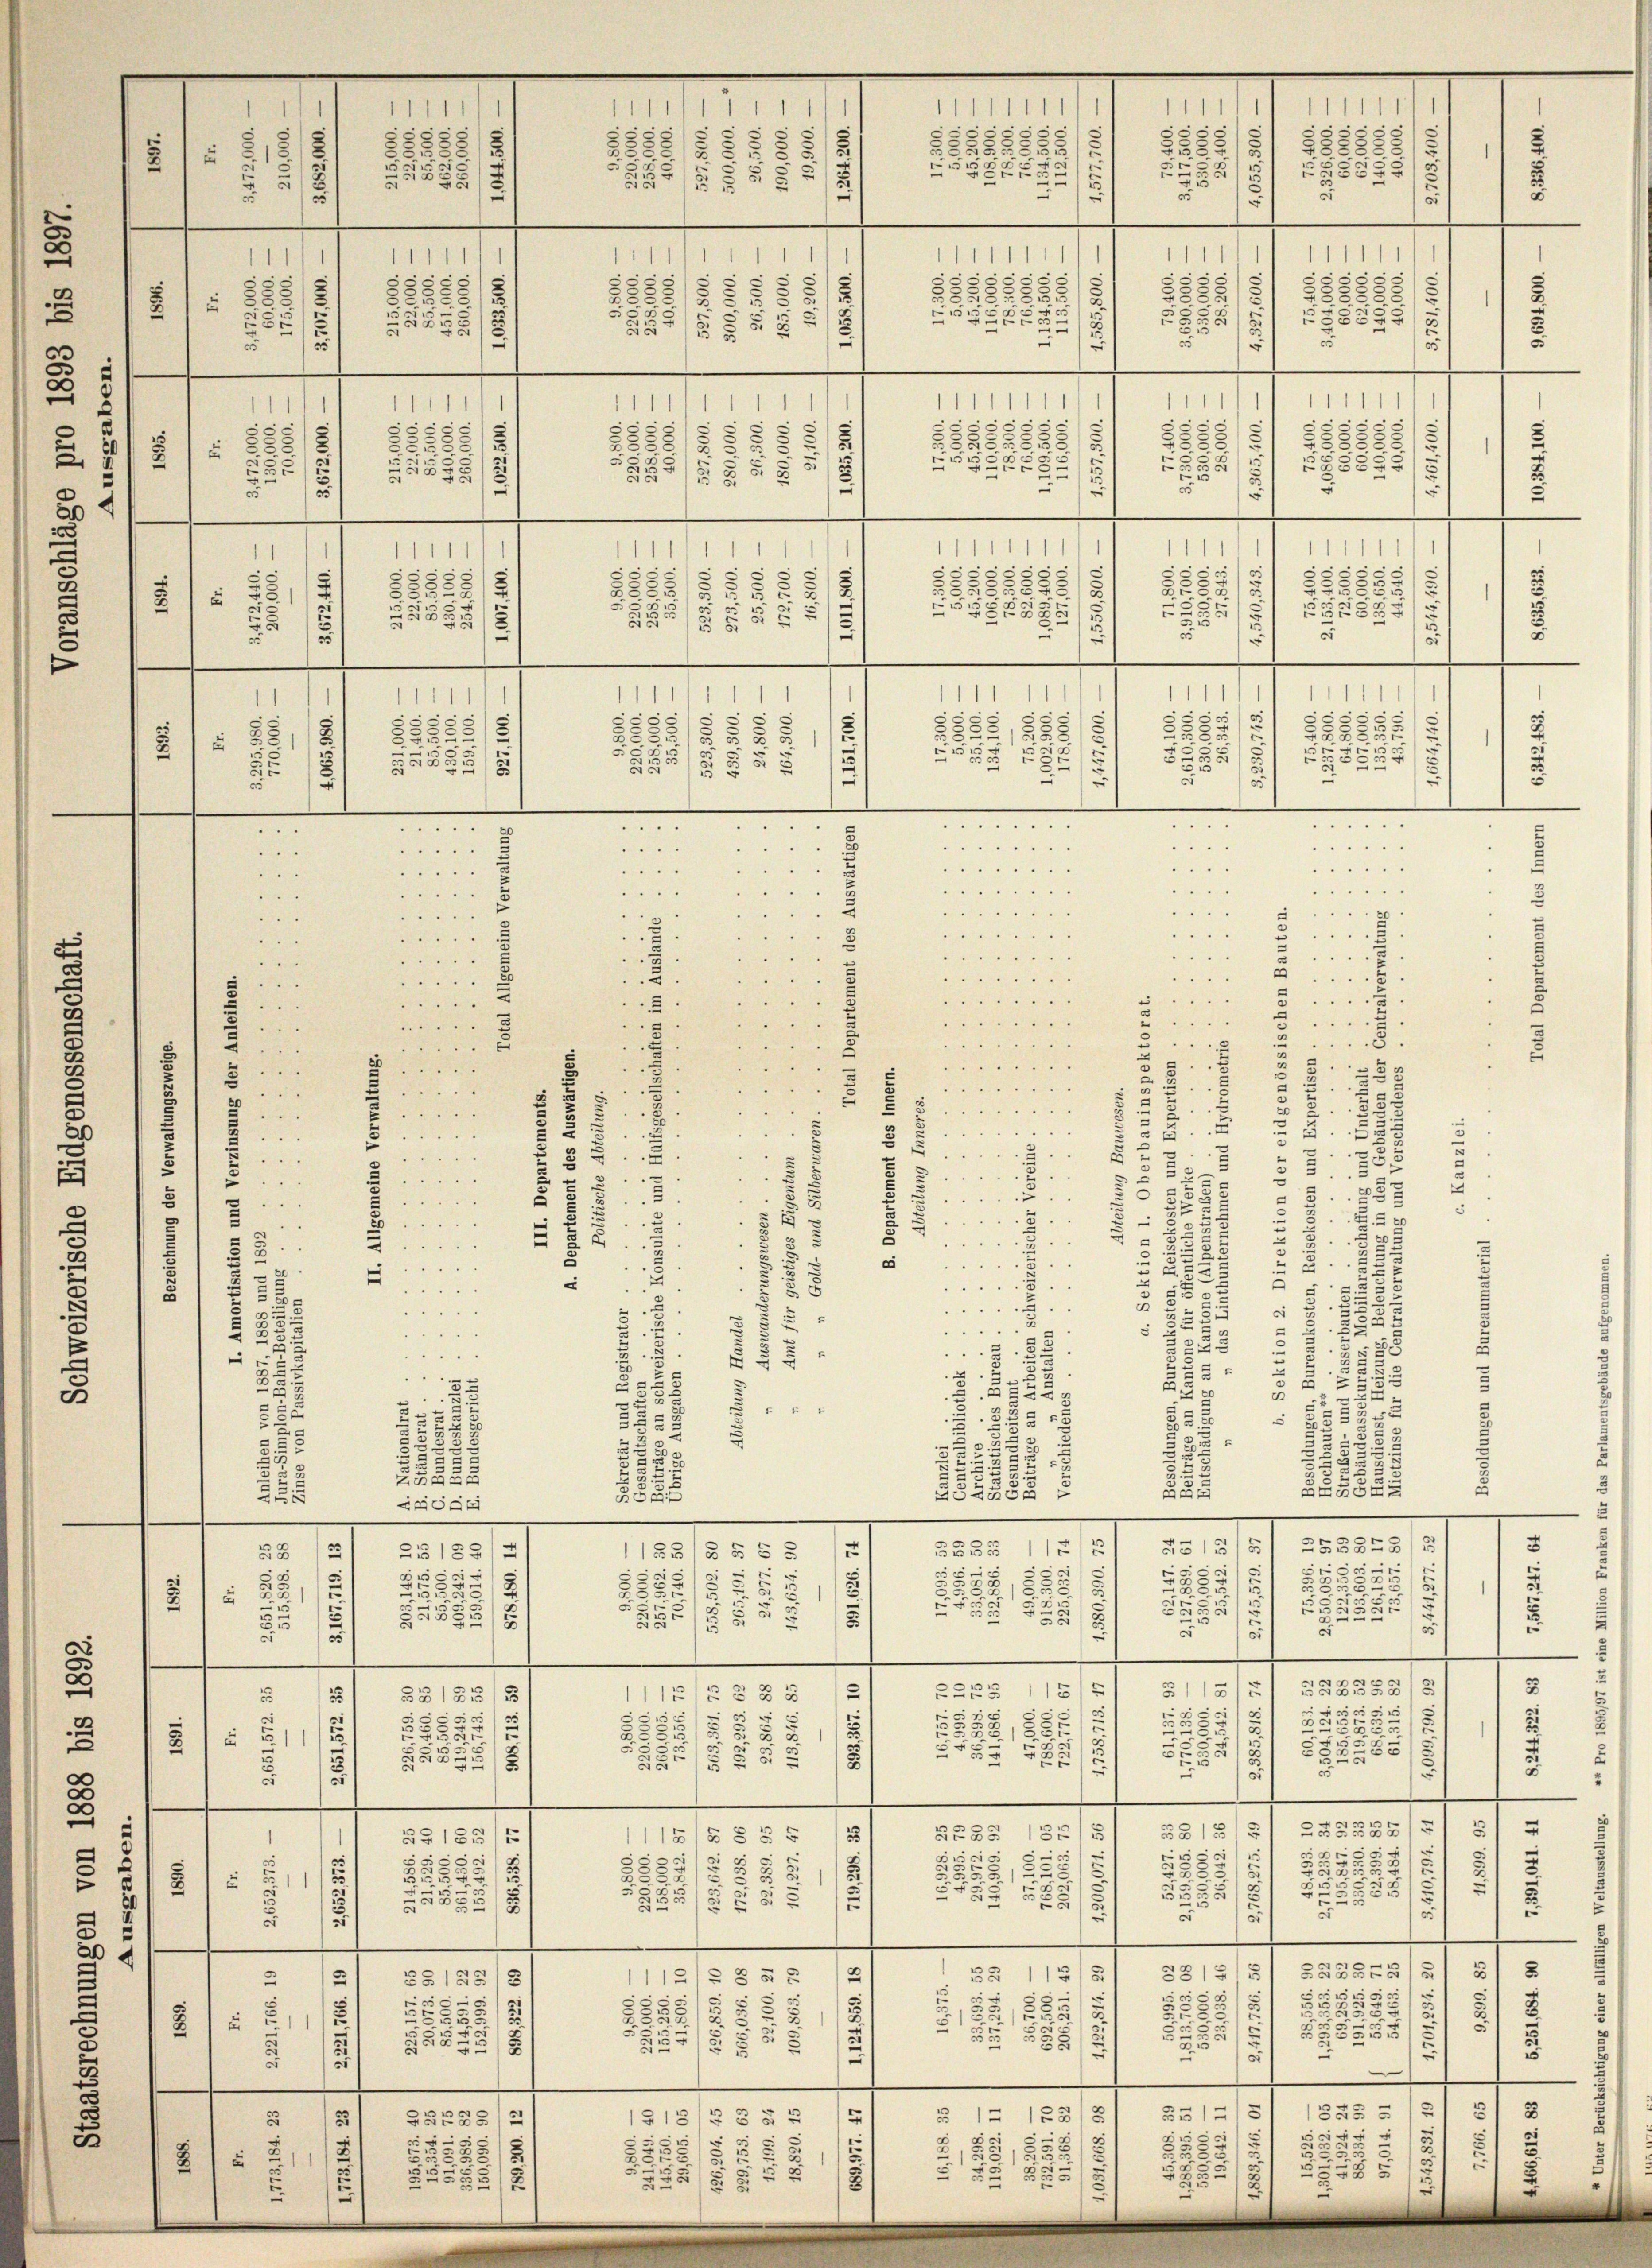
2
1
8
5
5
i
8
55
5
u
)
25
2

235/1
u
55
e
5
.

1
17
§ 88
e

d

2

81

1
¬
u
u
"
2
.
.
3
2
e
.
2
u
55
.
38
38
6
i
2
6
—
23
x
u
1
u
s
“
d
55
i
1
e
u
2
u
u
—
4
.
5
2
.
15
.
.
6
2
.
u
12
—
.
e
2
)
 2
2

.
IIIIIIIII/
1
111
1
.
e
5
Sees
2
5
85
)
2
22
2
3
5:
u
5
2
u
2
15
5
2
1
555.
2
s
5
538
2582
3
2
.
u
5
2
1115
2254/5552
u
m
t
11
11
d
.
5
82
e
s
.
.
2
8882:
.
899/5 § 525
e
u
.
11111
1
1
.

s
5

5
52
1
8
¬
u
255
.
.
5
585
15
1
2
1585
5
n
1
111
f
1111
1
.
.
d
0
3
e
55
885
28
x
e
85
555
2
2
5
u
u
x
1
314
5852
 8

2
5
.
.
 . . . . .
 . . .
 . . . .
....
"
 . .
 . . . . .

 " " "

u

 . . .

55 " " " "
. . . .
 . . .

 " "

x
5
4

.
7
.
5
 " " "
3

5
4
.
 . .
24
.

u
5
.

2
A
2
3
 . . . .

8
0
2
.
.

.

"
.....
4
d
.
21
5
.
B
e
2

3
3

.
5
e

.
2
2

2
e
d

5
u
3
12
c
5858/5
88555/5
1111
)
2

55529
s
1
-

2

.....
4
1

8
e

d
1
s
e

u

.

e
2

252
Ge
B 18
se
5
.

515
2
3
§§135/5
3552.

e
§§ 155

.
25
u
82785
25
x

.

2
5
7
.
33
e
2
3
.
E
s
"
u
.

2
x
“
8
u
 . . . . . . .

5
3
5
e
"

2.
 xx
E
3
5
5

u
.

e
.
s S. 42
e
.
§ 5
5
2
.
 1

5
d
2

e
d
2
25
5
5
c

u.

x
.
u
u
4

.

i
 20 x
 xxx
5
5

5
4
5
233
2
.
.
55
3
2
.
2
5
22
553
.
5
1
x
s55.
2.
 25
5
555
2
0
2
5
u
2
3
22
335
u

554
e
5

x
555
.
—
e
.
.
.

d
255875
.

155/5 § 55
—
u
7
2
u
55
5
1
x
2/
3
2
E
2
235

.
5
3
1
5
5
u
u

.
e
2
2
s
—
—
.
—
1
e
0
¬
ZGB 558
3
3113
18
2223
 28 x
3
1115
5
e
5
.
5
8:
Z255
5 x
22
8
2.
22
x
.
Si
83
u
3
5
522
/5 28 x
e
s
.
—
e
e
—
t
3
8
1512
25555
5 § 15
5235
5 § 5
1118
2
.
.
e
32
5
s
2
1255
2.
78
2
8
2.
u
.
u
51
e
2
25
§ § 51
u
.
c
e
—
.
e
e
2
.
e
1
15
3
S52575
22
15/5
2
5
§8 § 2
111
u
.
u
5
8
2
2
1
5
2.
u
3
223
5
55
15
5
2
3
-
.
—
¬
n
—
—
—
4
.
s
1325 2
25
5512
212
 55 x
133
1313/
2
.
5
e
5
5
2
2
35
85
5
2
5
5
22
2
28853
2
5
2
s
1
5
u

5
28
2

225f
n

3

11111
s
.
5
u
e

25

5

52.
5
5
5
2

3
e

2